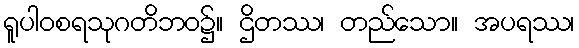
ရူပါဝစရသုဂတိဘဝ၌။ ဌိတဿ၊ တည်သော။ အပရဿ၊